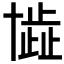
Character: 𠦾